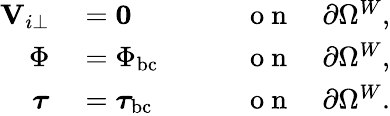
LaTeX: \begin{array}{rlr}{\mathbf{V}_{i\perp}}&{{}=\mathbf{0}}&{\qquad\mathrm{~o~n~}\quad\partial\Omega^{W},}\\ {\Phi}&{{}=\Phi_{\mathrm{bc}}}&{\qquad\mathrm{~o~n~}\quad\partial\Omega^{W},}\\ {\boldsymbol{\tau}}&{{}=\boldsymbol{\tau}_{\mathrm{bc}}}&{\qquad\mathrm{~o~n~}\quad\partial\Omega^{W}.}\end{array}